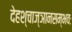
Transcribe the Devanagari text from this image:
देहश्चाज्ञानसम्भवः